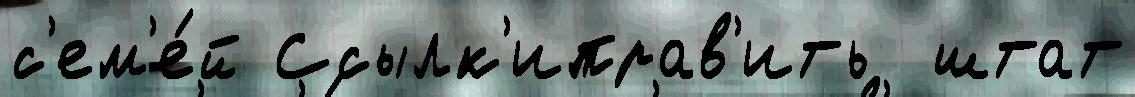
с'ем'е́й Ссылк'иправ'ить  штат